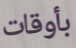
بأوقات